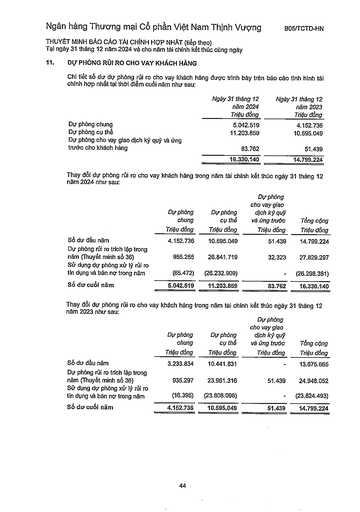
||Ngày 31 tháng 12 năm 2024 Triệu đồng|Ngày 31 tháng 12 năm 2023 Triệu đồng| |---|---|---| |Dự phòng chung|5.042.519|4.152.736| |Dự phòng cụ thể|11.203.859|10.595.049| |Dự phòng cho vay giao dịch ký quỹ và ứng trước cho khách hàng|83.762|51.439| ||16.330.140|14.799.224| ||Dự phòng chung Triệu đồng|Dự phòng cụ thể Triệu đồng|Dự phòng cho vay giao dịch ký quỹ và ứng trước Triệu đồng|Tổng cộng Triệu đồng| |---|---|---|---|---| |Số dư đầu năm|4.152.736|10.595.049|51.439|14.799.224| |Dự phòng rủi ro trích lập trong năm (Thuyết minh số 36)|955.255|26.841.719|32.323|27.829.297| |Sử dụng dự phòng xử lý rủi ro tín dụng và bán nợ trong năm|(65.472)|(26.232.909)||(26.298.381)| |Số dư cuối năm|5.042.519|11.203.859|83.762|16.330.140| ||Dự phòng chung Triệu đồng|Dự phòng cụ thể Triệu đồng|Dự phòng cho vay giao dịch ký quỹ và ứng trước Triệu đồng|Tổng cộng Triệu đồng| |---|---|---|---|---| |Số dư đầu năm|3.233.834|10.441.831||13.675.665| |Dự phòng rủi ro trích lập trong năm (Thuyết minh số 36)|935.297|23.961.316|51.439|24.948.052| |Sử dụng dự phòng xử lý rủi ro tín dụng và bán nợ trong năm|(16.395)|(23.808.098)||(23.824.493)| |Số dư cuối năm|4.152.736|10.595.049|51.439|14.799.224|